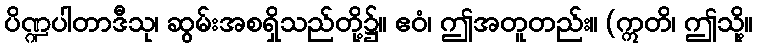
ပိဏ္ဍပါတာဒီသု၊ ဆွမ်းအစရှိသည်တို့၌။ ဧဝံ၊ ဤအတူတည်း။ (ဣတိ၊ ဤသို့။